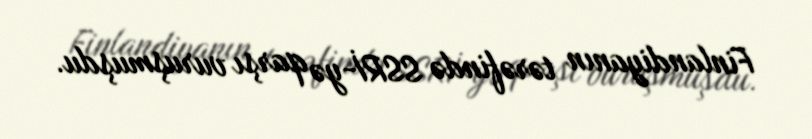
Finlandiyanın tərəfində SSRİ-yə qarşı vuruşmuşdu.